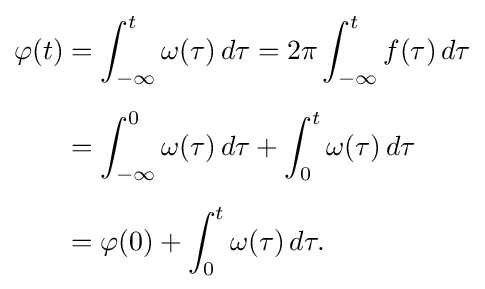
{\begin{aligned}\varphi (t)&=\int _{-\infty }^{t}\omega (\tau )\,d\tau =2\pi \int _{-\infty }^{t}f(\tau )\,d\tau \\[5pt]&=\int _{-\infty }^{0}\omega (\tau )\,d\tau +\int _{0}^{t}\omega (\tau )\,d\tau \\[5pt]&=\varphi (0)+\int _{0}^{t}\omega (\tau )\,d\tau .\end{aligned}}